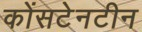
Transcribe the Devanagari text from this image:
कोंसटेनटीन